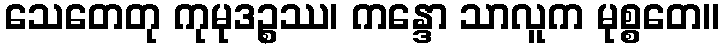
သေတေတု ကုမုဒဉ္စဿ၊ ကန္ဒော သာလူက မုစ္စတေ။